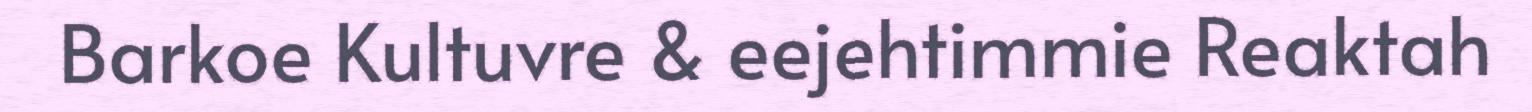
Barkoe Kultuvre & eejehtimmie Reaktah